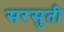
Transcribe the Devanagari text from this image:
सरसुती